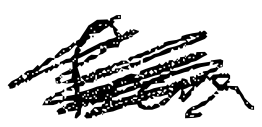
Text: from
Cross-out: scratch
Writing tool: digital_black